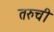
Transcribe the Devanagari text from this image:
तरुची